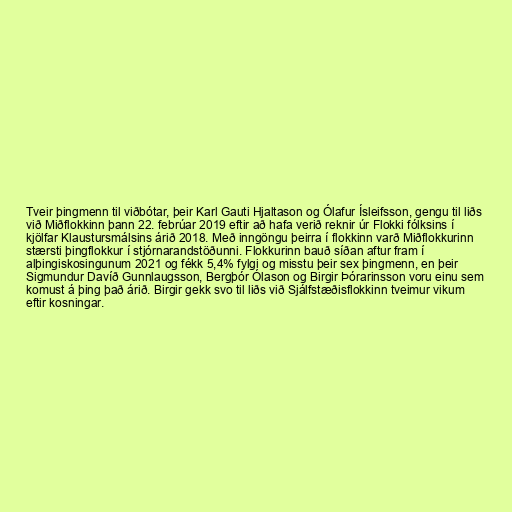
Tveir þingmenn til viðbótar, þeir Karl Gauti Hjaltason og Ólafur Ísleifsson, gengu til liðs
við Miðflokkinn þann 22. febrúar 2019 eftir að hafa verið reknir úr Flokki fólksins í
kjölfar Klaustursmálsins árið 2018. Með inngöngu þeirra í flokkinn varð Miðflokkurinn
stærsti þingflokkur í stjórnarandstöðunni. Flokkurinn bauð síðan aftur fram í
alþingiskosingunum 2021 og fékk 5,4% fylgi og misstu þeir sex þingmenn, en þeir
Sigmundur Davíð Gunnlaugsson, Bergþór Ólason og Birgir Þórarinsson voru einu sem
komust á þing það árið. Birgir gekk svo til liðs við Sjálfstæðisflokkinn tveimur vikum
eftir kosningar.